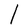
Character: l